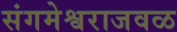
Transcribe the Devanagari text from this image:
संगमेश्वराजवळ